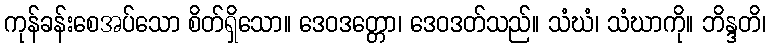
ကုန်ခန်းစေအပ်သော စိတ်ရှိသော။ ဒေဝဒတ္တော၊ ဒေဝဒတ်သည်။ သံဃံ၊ သံဃာကို။ ဘိန္ဒတိ၊